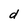
Character: d